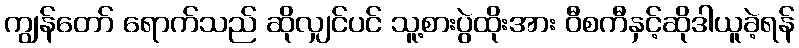
ကျွန်တော် ရောက်သည် ဆိုလျှင်ပင် သူ့စားပွဲထိုးအား ဝီစကီနှင့်ဆိုဒါယူခဲ့ရန်